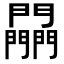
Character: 𨷮